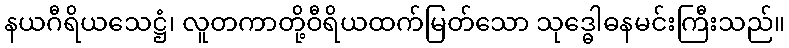
နယဂီရိယသေဋ္ဌံ၊ လူတကာတို့ဝီရိယထက်မြတ်သော သုဒ္ဓေါဓနမင်းကြီးသည်။